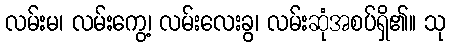
လမ်းမ၊ လမ်းကွေ့၊ လမ်းလေးခွ၊ လမ်းဆုံအစပ်ရှိ၏။ သု